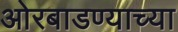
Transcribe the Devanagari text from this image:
ओरबाडण्याच्या